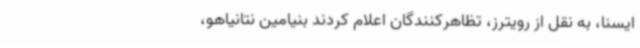
ایسنا، به نقل از رویترز، تظاهرکنندگان اعلام کردند بنیامین نتانیاهو،